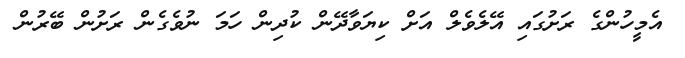
އެމީހުންގެ ރަށުގައި އޭލެވެލް އަށް ކިޔަވާދޭން ކުދިން ހަމަ ނުވެގެން ރަށުން ބޭރުން